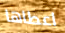
اعطاها